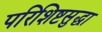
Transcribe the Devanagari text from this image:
परिशिष्टसुद्धा